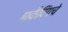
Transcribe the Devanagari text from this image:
मार्केटिंगचे